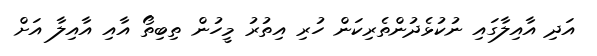
އަދި އާއިލާގައި ނުކުޅެދުންތެރިކަން ހުރި އިތުރު މީހުން ތިބިތޯ އާއި އާއިލާ އަށް